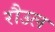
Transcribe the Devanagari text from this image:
रौउल